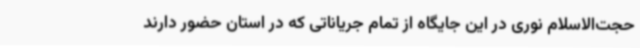
حجت‌الاسلام نوری در این جایگاه از تمام جریاناتی که در استان حضور دارند